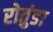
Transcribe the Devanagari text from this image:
रोतुंडा